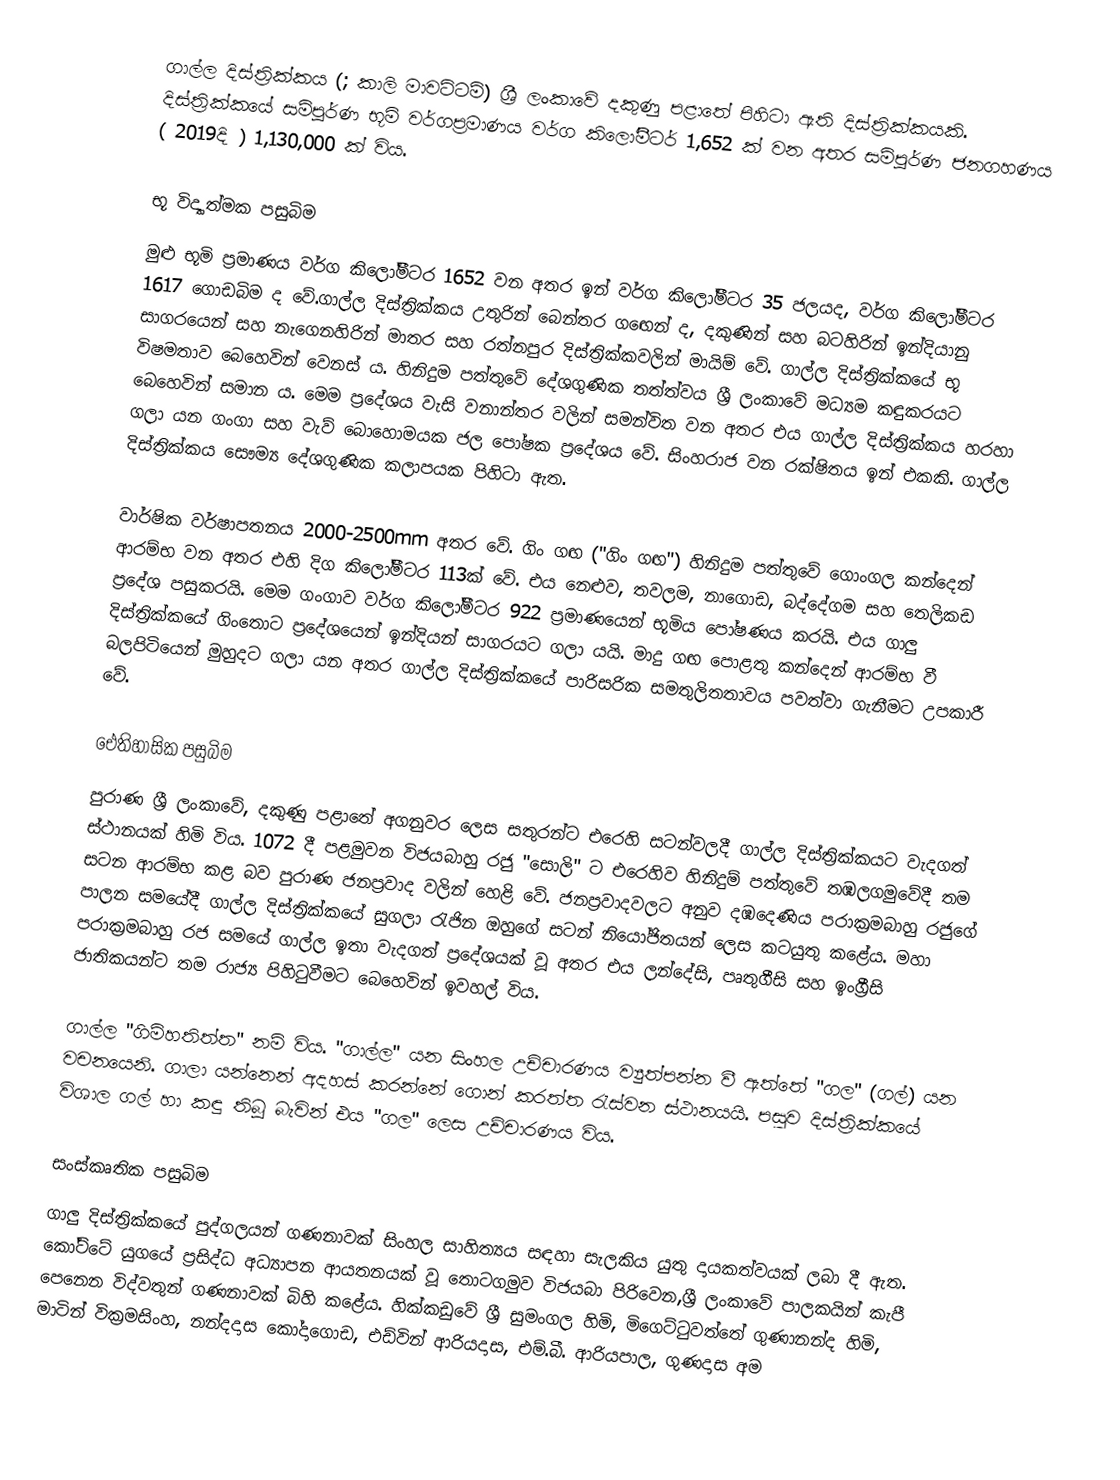
ගාල්ල දිස්ත්‍රික්කය (;  කාලි මාවට්ටම්)  ශ්‍රී ලංකාවේ දකුණු පළාතේ පිහිටා ඇති දිස්ත්‍රික්කයකි. දිස්ත්‍රික්කයේ සම්පූර්ණ භූමි වර්ගප්‍රමාණය වර්ග කිලෝමීටර් 1,652 ක් වන අතර සම්පූර්ණ ජනගහණය ( 2019දි ) 1,130,000 ක් විය.

භූ විද්‍යාත්මක පසුබිම
මුළු භූමි ප්‍රමාණය වර්ග කිලෝමීටර 1652 වන අතර ඉන් වර්ග කිලෝමීටර 35 ජලයද, වර්ග කිලෝමීටර 1617 ගොඩබිම ද වේ.ගාල්ල දිස්ත්‍රික්කය උතුරින් බෙන්තර ගඟෙන් ද, දකුණින් සහ බටහිරින් ඉන්දියානු සාගරයෙන් සහ නැගෙනහිරින් මාතර සහ රත්නපුර දිස්ත්‍රික්කවලින් මායිම් වේ.  ගාල්ල දිස්ත්‍රික්කයේ භූ විෂමතාව බෙහෙවින් වෙනස් ය.  හිනිදුම පත්තුවේ දේශගුණික තත්ත්වය ශ්‍රී ලංකාවේ මධ්‍යම කඳුකරයට බෙහෙවින් සමාන ය.  මෙම ප්‍රදේශය වැසි වනාන්තර වලින් සමන්විත වන අතර එය ගාල්ල දිස්ත්‍රික්කය හරහා ගලා යන ගංගා සහ වැව් බොහොමයක ජල පෝෂක ප්‍රදේශය වේ.  සිංහරාජ වන රක්ෂිතය ඉන් එකකි. ගාල්ල දිස්ත්‍රික්කය සෞම්‍ය දේශගුණික කලාපයක පිහිටා ඇත.

වාර්ෂික වර්ෂාපතනය 2000-2500mm අතර වේ. ගිං ගඟ ("ගිං ගඟ") හිනිදුම පත්තුවේ ගොංගල කන්දෙන් ආරම්භ වන අතර එහි දිග කිලෝමීටර 113ක් වේ.  එය නෙළුව, තවලම, නාගොඩ, බද්දේගම සහ තෙලිකඩ ප්‍රදේශ පසුකරයි. මෙම ගංගාව වර්ග කිලෝමීටර  922 ප්‍රමාණයෙන් භූමිය පෝෂණය කරයි. එය ගාලු දිස්ත්‍රික්කයේ ගිංතොට ප්‍රදේශයෙන් ඉන්දියන් සාගරයට ගලා යයි. මාදු ගඟ පොළතු කන්දෙන් ආරම්භ වී බලපිටියෙන් මුහුදට ගලා යන අතර ගාල්ල දිස්ත්‍රික්කයේ පාරිසරික සමතුලිතතාවය පවත්වා ගැනීමට උපකාරී වේ.

ඓතිහාසික පසුබිම
පුරාණ ශ්‍රී ලංකාවේ, දකුණු පළාතේ අගනුවර ලෙස සතුරන්ට එරෙහි සටන්වලදී ගාල්ල දිස්ත්‍රික්කයට වැදගත් ස්ථානයක් හිමි විය.  1072 දී පළමුවන විජයබාහු  රජු "සොලි" ට එරෙහිව හිනිදුම් පත්තුවේ තඹලගමුවේදී තම සටන ආරම්භ කළ බව පුරාණ ජනප්‍රවාද වලින් හෙළි වේ.  ජනප්‍රවාදවලට අනුව දඹදෙණිය පරාක්‍රමබාහු රජුගේ පාලන සමයේදී ගාල්ල දිස්ත්‍රික්කයේ සුගලා රැජින ඔහුගේ සටන් නියෝජිතයන් ලෙස කටයුතු කළේය.  මහා පරාක්‍රමබාහු රජ සමයේ ගාල්ල ඉතා වැදගත් ප්‍රදේශයක් වූ අතර එය ලන්දේසි, පෘතුගීසි සහ ඉංග්‍රීසි ජාතිකයන්ට තම රාජ්‍ය පිහිටුවීමට බෙහෙවින් ඉවහල් විය.

ගාල්ල "ගිම්හතිත්ත" නම් විය. "ගාල්ල" යන සිංහල උච්චාරණය ව්‍යුත්පන්න වී ඇත්තේ "ගල" (ගල්) යන වචනයෙනි.  ගාලා යන්නෙන් අදහස් කරන්නේ ගොන් කරත්ත රැස්වන ස්ථානයයි.  පසුව දිස්ත්‍රික්කයේ විශාල ගල් හා කඳු තිබූ බැවින් එය "ගල" ලෙස උච්චාරණය විය.

සංස්කෘතික පසුබිම
ගාලු දිස්ත්‍රික්කයේ පුද්ගලයන් ගණනාවක් සිංහල සාහිත්‍යය සඳහා සැලකිය යුතු දායකත්වයක් ලබා දී ඇත.  කෝට්ටේ යුගයේ ප්‍රසිද්ධ අධ්‍යාපන ආයතනයක් වූ තොටගමුව විජයබා පිරිවෙන,ශ්‍රී ලංකාවේ පාලකයින් කැපී පෙනෙන විද්වතුන් ගණනාවක් බිහි කළේය.  හික්කඩුවේ ශ්‍රී සුමංගල හිමි, මිගෙට්ටුවත්තේ ගුණානන්ද හිමි, මාටින් වික්‍රමසිංහ, නන්දදාස කෝදාගොඩ, එඩ්වින් ආරියදාස, එම්.බී. ආරියපාල, ගුණදාස අම